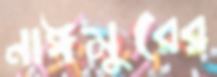
নাঈমুরের